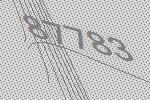
87783